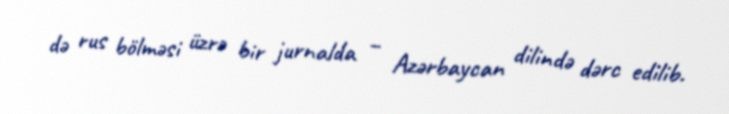
də rus bölməsi üzrə bir jurnalda – Azərbaycan dilində dərc edilib.